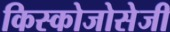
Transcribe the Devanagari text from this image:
किस्कोजोसेजी